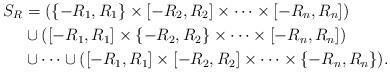
LaTeX: \begin{align*}S_R&=(\{-R_1,R_1\}\times[-R_2,R_2]\times\cdots\times[-R_n,R_n])\\&\cup([-R_1,R_1]\times\{-R_2,R_2\}\times\cdots\times[-R_n,R_n])\\&\cup\cdots\cup([-R_1,R_1]\times[-R_2,R_2]\times\cdots\times\{-R_n,R_n\}).\\\end{align*}